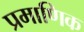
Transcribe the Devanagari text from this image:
प्रमाणिक